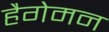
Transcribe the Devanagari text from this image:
हैगेमन